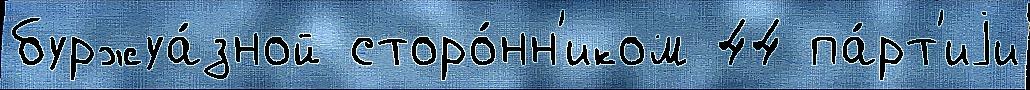
буржуа́зной сторо́нн'иком 44 па́рт'иjи